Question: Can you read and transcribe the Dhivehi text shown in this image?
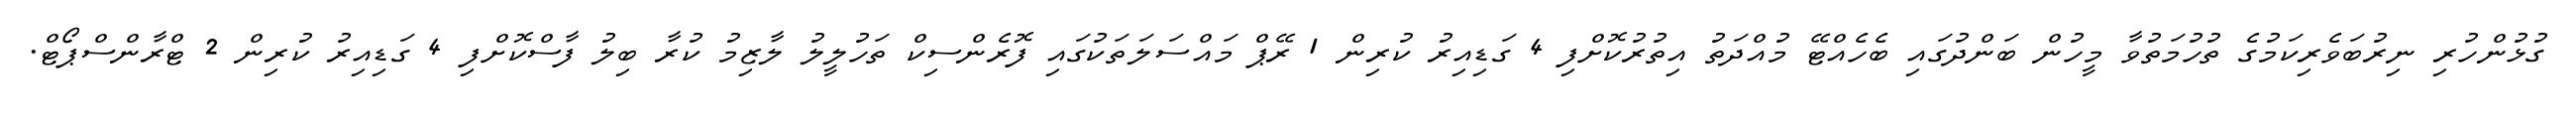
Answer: ގުޅުންހުރި ނިރުބަވެރިކަމުގެ ތުހުމަތުވާ މީހުން ބަންދުގައި ބެހެއްޓޭ މުއްދަތު އިތުރުކޮށްފި 4 ގަޑިއިރު ކުރިން 1 ރޭޕް މައްސަލަތަކުގައި ފޮރެންސިކް ތަހުލީލު ލާޒިމު ކުރާ ބިލު ފާސްކޮށްފި 4 ގަޑިއިރު ކުރިން 2 ޓްރާންސްޕޯޓް.